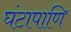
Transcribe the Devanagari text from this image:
घंटापाणि